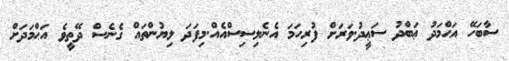
ސާބަހޭ އަޙްމަދު ޢަބްދު ސަޢީދު.ވަރަށް ފުރިހަމަ އެނެލިސިސްއެއް.މިފަދަ ލިޔުންތައް ގެނެސް ދޭތީވެ އަޙްމަދަށް